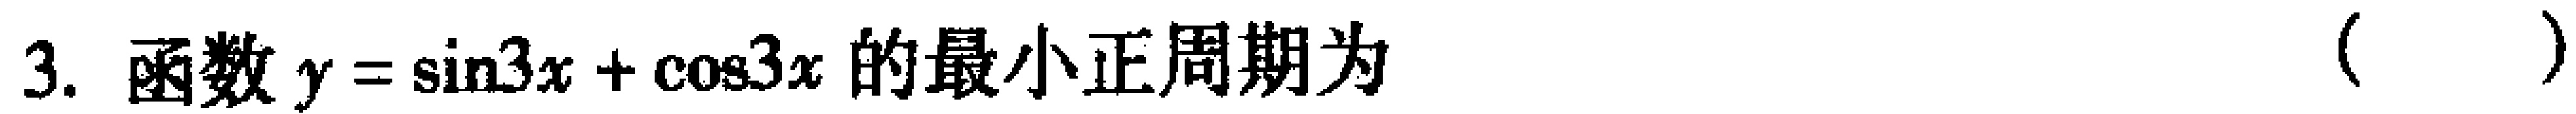
3. 函数$y = \sin3x + \cos3x$的最小正周期为（  ）